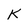
Character: K